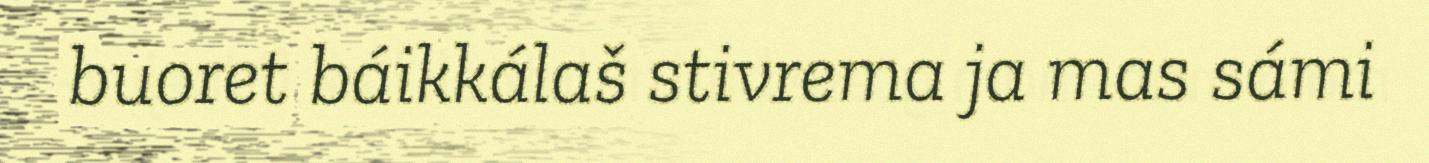
buoret báikkálaš stivrema ja mas sámi